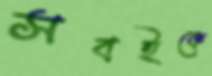
সবইকে